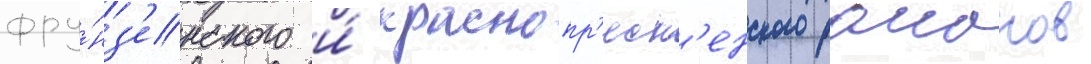
фру́нз'енского и́ краснопр'есн'енского раионов